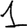
Digit: 1